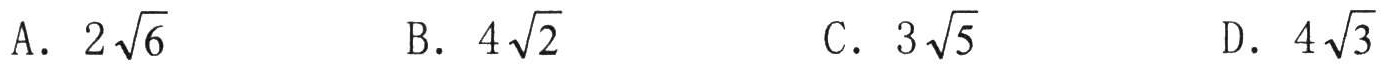
A. \(2\sqrt{6}\)
B. \(4\sqrt{2}\)
C. \(3\sqrt{5}\)
D. \(4\sqrt{3}\)